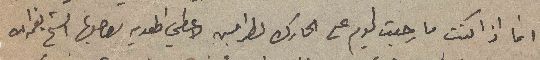
انا اذا كنت ما رجعت اليوم على الحارك لطرابلس لاعطي الهديه لصاحبها الشيخ نعمة الله